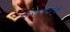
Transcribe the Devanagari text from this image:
केसरबाईंनी